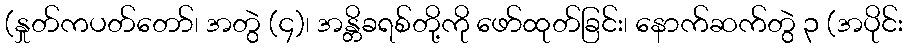
(နှုတ်ကပတ်တော်၊ အတွဲ (၄)၊ အန္တိခရစ်တို့ကို ဖော်ထုတ်ခြင်း၊ နောက်ဆက်တွဲ ၃ (အပိုင်း